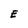
Character: E